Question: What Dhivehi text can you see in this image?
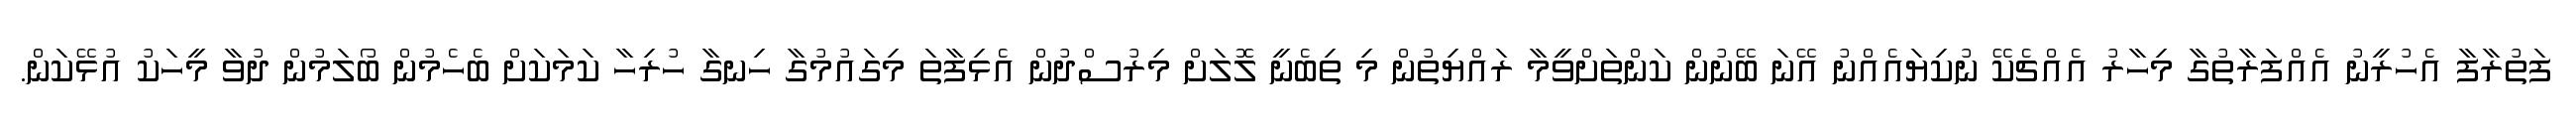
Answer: ފަތުރާފާ އެހުރީނު އެއްފަރާތުގާ މިހާރު އެއްޗެކޭ ނުކިޔައެއްނު އޭނަ ބޭނުން ކަންތަށްވީމާ ރައްޔިތުން މި ތިބެނީ ލޮލަށް މިރުސްދުން އެޅިފާތަ މިގައުމުގާ ހިނގާ ހުރިހާ ކަމަކަށް ބެހެމުން ބޯލަމުން ދުވާ މީހަކު އުޅޭކަން.